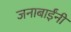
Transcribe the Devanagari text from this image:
जनाबाईंनी